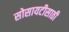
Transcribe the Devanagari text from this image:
सोसायटीसाठी